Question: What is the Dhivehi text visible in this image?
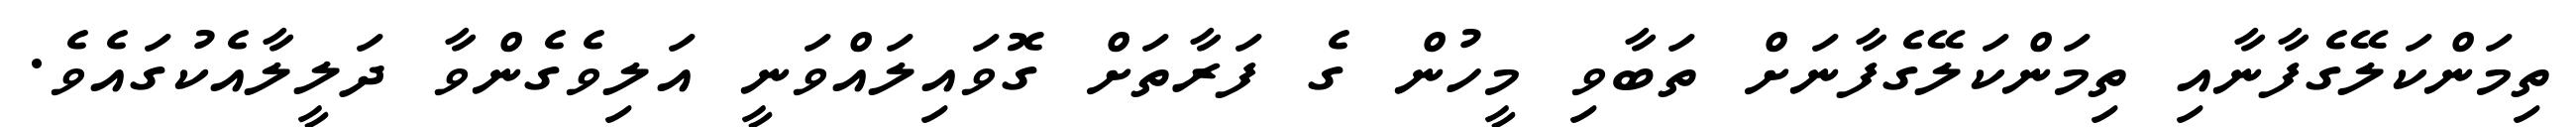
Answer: ތިމަންކަލޭގެފާނާއި ތިމަންކަލޭގެފާނަށް ތަބާވި މީހުން ގެ ފަރާތަށް ގޮވައިލައްވަނީ އަލިވެގެންވާ ދަލީލާއެކުގައެވެ.